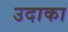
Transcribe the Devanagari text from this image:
उदाका